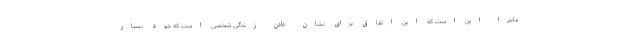
ماجرا این است که این اتفاق برای نشان دادن زندگی شخصی است که خود بسیار